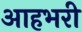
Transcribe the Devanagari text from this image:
आहभरी